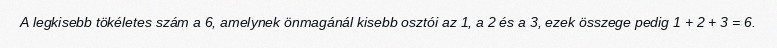
A legkisebb tökéletes szám a 6, amelynek önmagánál kisebb osztói az 1, a 2 és a 3, ezek összege pedig 1 + 2 + 3 = 6.